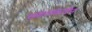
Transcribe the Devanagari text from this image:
स्मालकाडेन